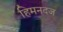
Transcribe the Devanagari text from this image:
हिमनदज